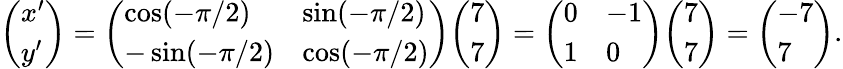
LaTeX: {\left(\begin{array}{l}{x^{\prime}}\\ {y^{\prime}}\end{array}\right)}={\left(\begin{array}{ll}{\cos(-\pi/2)}&{\sin(-\pi/2)}\\ {-\sin(-\pi/2)}&{\cos(-\pi/2)}\end{array}\right)}{\left(\begin{array}{l}{7}\\ {7}\end{array}\right)}={\left(\begin{array}{ll}{0}&{-1}\\ {1}&{0}\end{array}\right)}{\left(\begin{array}{l}{7}\\ {7}\end{array}\right)}={\left(\begin{array}{l}{-7}\\ {7}\end{array}\right)}.